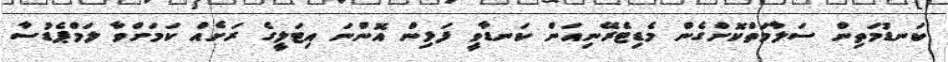
ކަނޑުމަތިން ސަލާމަތްކޮށްގެން މެޑިޓެރޭނިއަން ކަނޑާވީ ފަޅިން އޮންނަ އިޓަލީގެ ރަށެއް ކަމަށްވާ ލަމްޕެޑުސާ